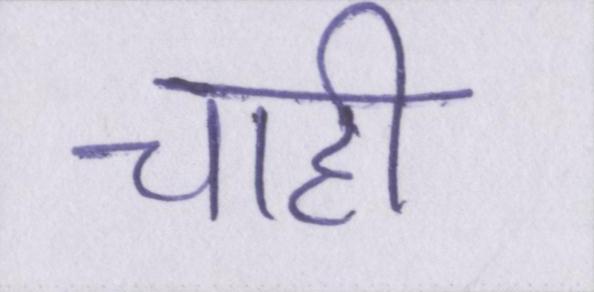
चाही